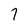
Character: 7